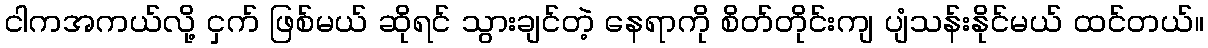
ငါကအကယ်လို့ ငှက် ဖြစ်မယ် ဆိုရင် သွားချင်တဲ့ နေရာကို စိတ်တိုင်းကျ ပျံသန်းနိုင်မယ် ထင်တယ်။